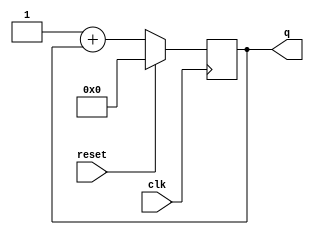
module top_module (
    input clk,
    input reset,      // Synchronous active-high reset
    output [3:0] q);
    always @(posedge clk) begin
        if(!reset) q<=4'b0001+q;
        else q<=0;
    end
endmodule